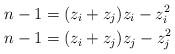
LaTeX: \begin{align*}n-1 &= (z_i + z_j) z_i - z_i^2 \\ n-1 &= (z_i + z_j) z_j - z_j^2\end{align*}